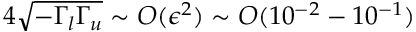
4 \sqrt { - \Gamma _ { l } \Gamma _ { u } } \sim O ( \epsilon ^ { 2 } ) \sim O ( 1 0 ^ { - 2 } - 1 0 ^ { - 1 } )